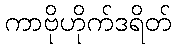
ကာဗိုဟိုက်ဒရိတ်